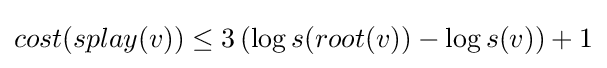
cost(splay(v))\leq 3\left(\log {s(root(v))}-\log {s(v)}\right)+1